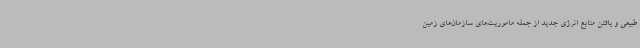
طبیعی و یافتن منابع انرژی جدید از جمله ماموریت‌های سازمان‌های زمین